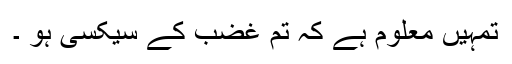
تمہیں معلوم ہے کہ تم غضب کے سیکسی ہو ۔